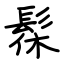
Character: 髹